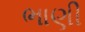
ભાણી